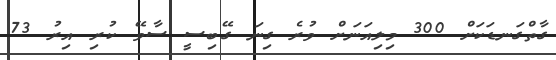
ގާތްގަނޑަކަށް 300 މިލިއަނަށް ވުރެ ގިނަ ގޭބިސީ ސާވޭ ކުރި އިރު 73